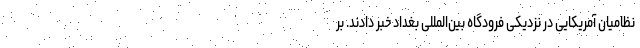
نظامیان آمریکایی در نزدیکی فرودگاه بین‌المللی بغداد خبر دادند. بر